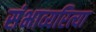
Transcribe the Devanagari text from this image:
संभाव्यरित्या